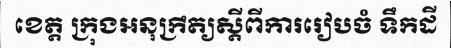
ខេត្ត ក្រុងអនុក្រឹត្យស្តីពីការរៀបចំ ទឹកដី